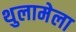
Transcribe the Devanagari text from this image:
थुलामेला